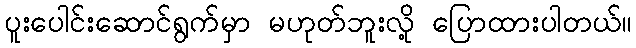
ပူးပေါင်းဆောင်ရွက်မှာ မဟုတ်ဘူးလို့ ပြောထားပါတယ်။